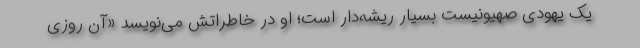
یک یهودی صهیونیست بسیار ریشه‌دار است؛ او در خاطراتش می‌نویسد «آن روزی